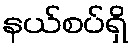
နယ်စပ်ရှိ